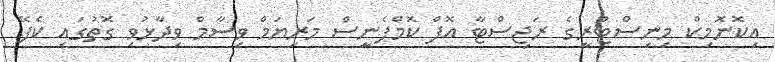
އިކޮނޮމިކް މިނިސްޓްރީގެ ރަޖިސްޓާ އޮފް ކޮމްޕެނީސް މަރިޔަމް ވިސާމް ވިދާޅުވި ގޮތުގައި ކެފޭ